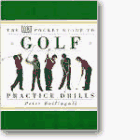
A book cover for DK Pocket Guide to Golf: Practice Drills; Peter Ballingall; Sports & Outdoors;